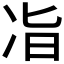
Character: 𫥉